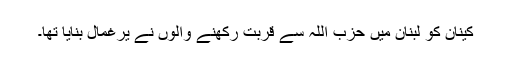
کینان کو لبنان میں حزب اللہ سے قربت رکھنے والوں نے یرغمال بنایا تھا۔